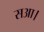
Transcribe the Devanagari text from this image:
सआ।